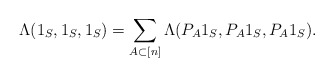
\begin{align*} \Lambda(1_S, 1_S, 1_S) = \sum_{A \subset [n]} \Lambda(P_A1_S, P_A1_S, P_A1_S).\end{align*}